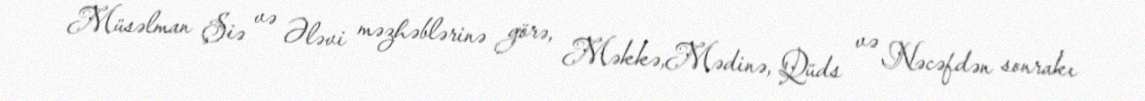
Müsəlman Şiə və Ələvi məzhəblərinə görə, Məkkə,Mədinə, Qüds və Nəcəfdən sonrakı